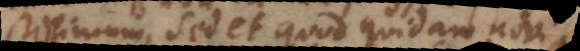
perfectissimum, sed et quod quidam novi